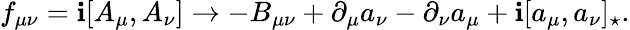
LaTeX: f_{\mu\nu}=\mathbf{i}[A_{\mu},A_{\nu}]\rightarrow-B_{\mu\nu}+\partial_{\mu}a_{\nu}-\partial_{\nu}a_{\mu}+\mathbf{i}[a_{\mu},a_{\nu}]_{\star}.